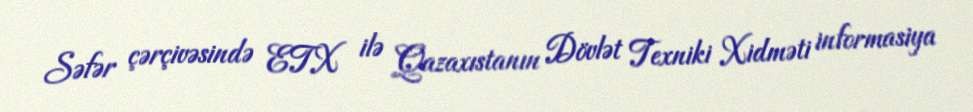
Səfər çərçivəsində ETX ilə Qazaxıstanın Dövlət Texniki Xidməti informasiya